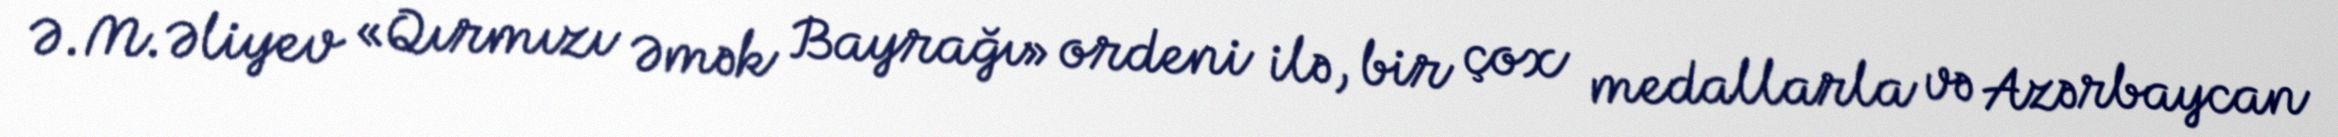
Ə.M.Əliyev «Qırmızı Əmək Bayrağı» ordeni ilə, bir çox medallarla və Azərbaycan